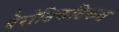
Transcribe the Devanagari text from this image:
पेरोडिकटिकस